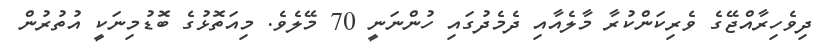
ދިވެހިރާއްޖޭގެ ވެރިކަންކުރާ މާލެއާއި ދެމެދުގައި ހުންނަނީ 70 މޭލެވެ. މިއަތޮޅުގެ ބޮޑުމިނަކީ އުތުރުން